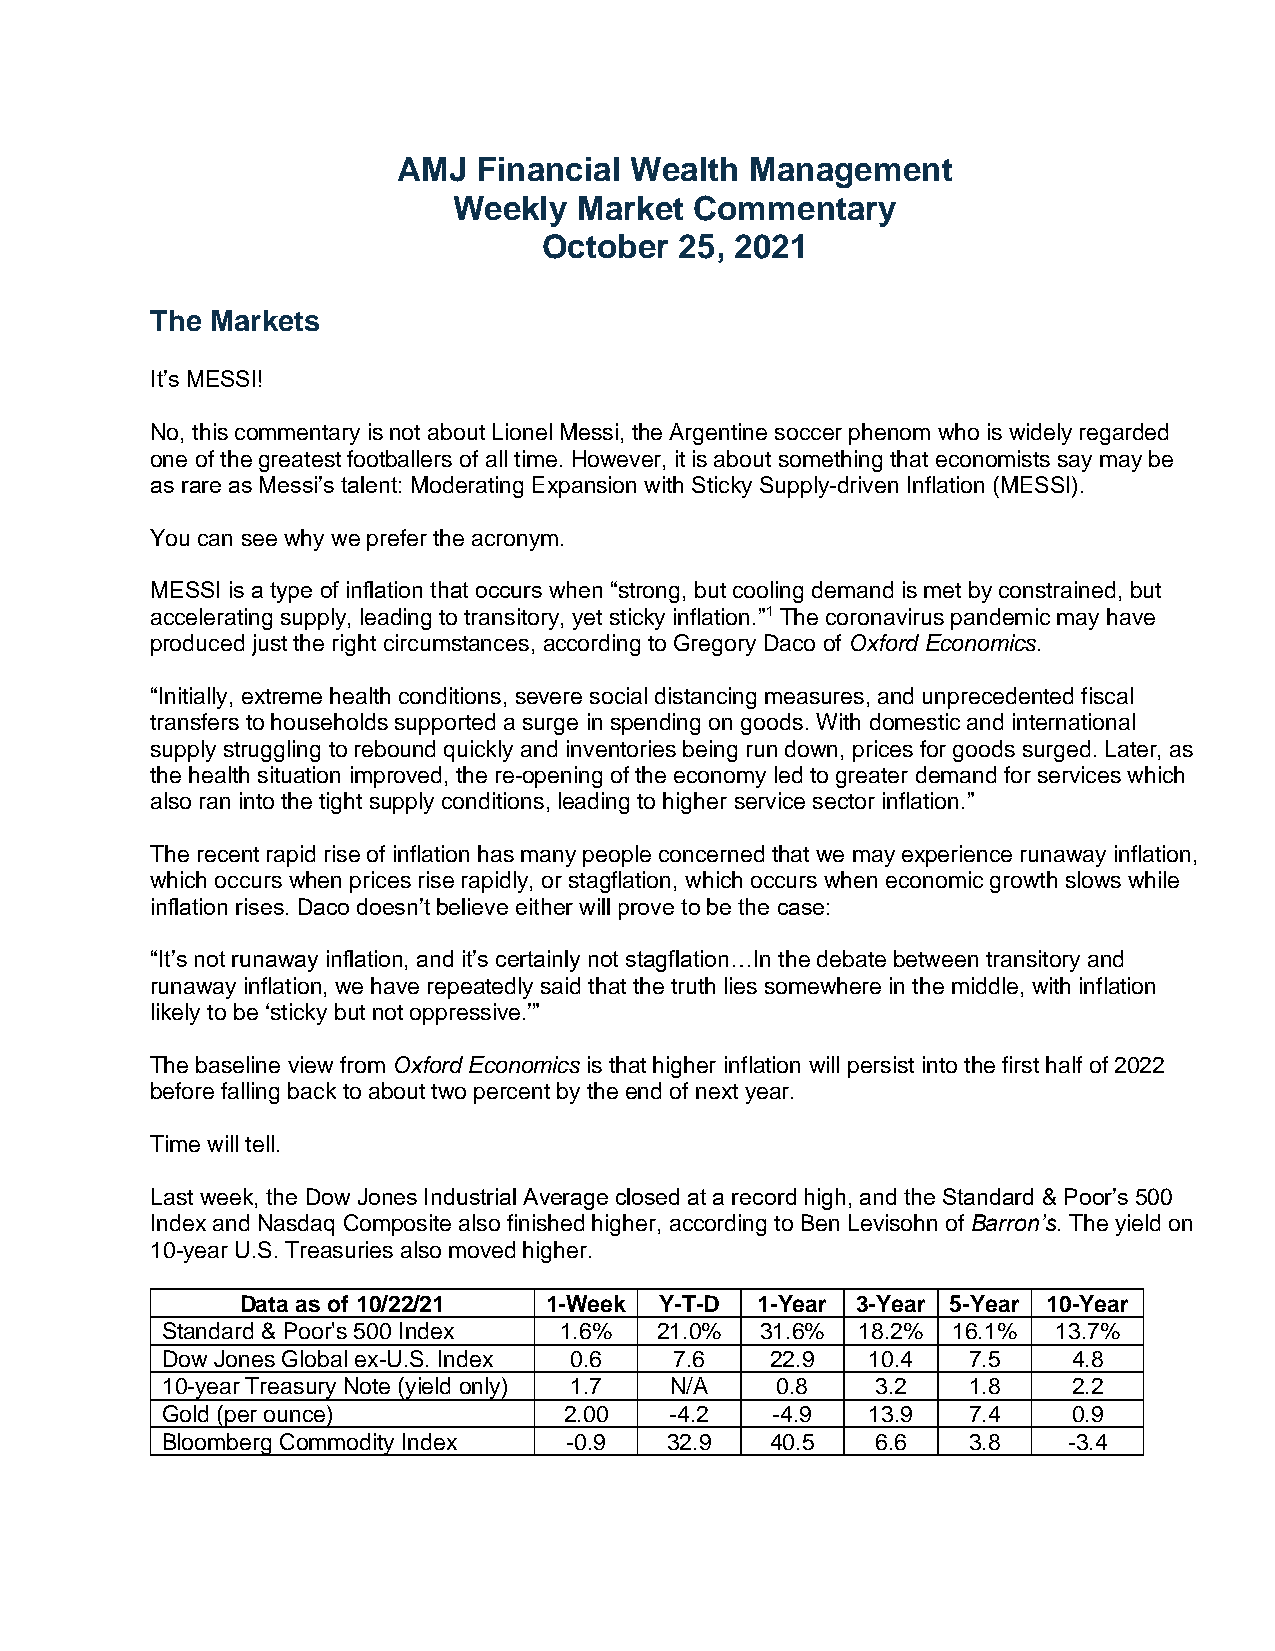
AMJ   Financial Wealth  Management
 Weekly  Market  Commentary
 October  25, 2021
 The Markets
 It’s MESSI!
 No, this commentary is not about Lionel Messi, the Argentine soccer phenom who is widely regarded
 one of the greatest footballers of all time. However, it is about something that economists say may be
 as rare as Messi’s talent: Moderating Expansion with Sticky Supply-driven Inflation (MESSI).
 You can see why we prefer the acronym.
 MESSI is a type of inflation that occurs when “strong, but cooling demand is met by constrained, but
 accelerating supply, leading to transitory, yet sticky inflation.”1 The coronavirus pandemic may have
 produced just the right circumstances, according to Gregory Daco of Oxford Economics.
 “Initially, extreme health conditions, severe social distancing measures, and unprecedented fiscal
 transfers to households supported a surge in spending on goods. With domestic and international
 supply struggling to rebound quickly and inventories being run down, prices for goods surged. Later, as
 the health situation improved, the re-opening of the economy led to greater demand for services which
 also ran into the tight supply conditions, leading to higher service sector inflation.”
 The recent rapid rise of inflation has many people concerned that we may experience runaway inflation,
 which occurs when prices rise rapidly, or stagflation, which occurs when economic growth slows while
 inflation rises. Daco doesn’t believe either will prove to be the case:
 “It’s not runaway inflation, and it’s certainly not stagflation…In the debate between transitory and
 runaway inflation, we have repeatedly said that the truth lies somewhere in the middle, with inflation
 likely to be ‘sticky but not oppressive.’”
 The baseline view from Oxford Economics is that higher inflation will persist into the first half of 2022
 before falling back to about two percent by the end of next year.
 Time will tell.
 Last week, the Dow Jones Industrial Average closed at a record high, and the Standard & Poor’s 500
 Index and Nasdaq Composite also finished higher, according to Ben Levisohn of Barron’s. The yield on
 10-year U.S. Treasuries also moved higher.
 Data as of 10/22/21 1-Week  Y-T-D 1-Year 3-Year 5-Year 10-Year
 Standard & Poor's 500 Index 1.6% 21.0% 31.6%  18.2% 16.1%  13.7%
 Dow Jones Global ex-U.S. Index 0.6 7.6  22.9  10.4   7.5    4.8
 10-year Treasury Note (yield only) 1.7 N/A 0.8 3.2   1.8    2.2
 Gold (per ounce)          2.00   -4.2   -4.9  13.9   7.4    0.9
 Bloomberg Commodity Index -0.9   32.9   40.5   6.6   3.8    -3.4